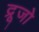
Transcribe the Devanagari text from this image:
द्रूजो